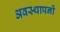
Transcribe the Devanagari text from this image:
अवस्थापनों